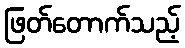
ဖြတ်တောက်သည့်